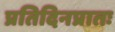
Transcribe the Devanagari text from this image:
प्रतिदिनप्रातः